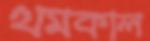
থমকাল